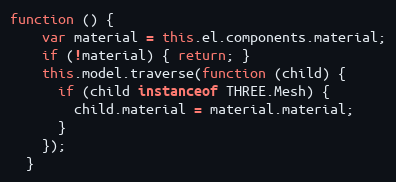
Language: JavaScript
function () {
    var material = this.el.components.material;
    if (!material) { return; }
    this.model.traverse(function (child) {
      if (child instanceof THREE.Mesh) {
        child.material = material.material;
      }
    });
  }